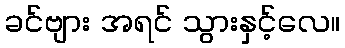
ခင်ဗျား အရင် သွားနှင့်လေ။